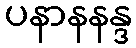
ပနာနနန္ဒ